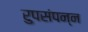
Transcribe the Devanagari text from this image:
रुपसंपन्न